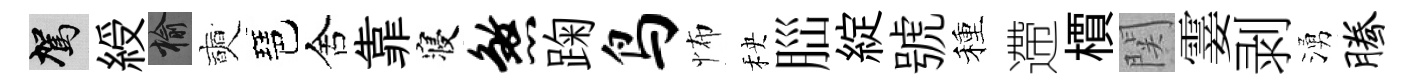
駕綬榆奭琶舍靠寝煞踘鸟怖秧𦛁綻號種遰檟関霎剥湧腾